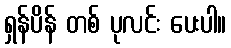
ရှန်ပိန် တစ် ပုလင်း ပေးပါ။